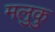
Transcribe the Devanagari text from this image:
मलुकु